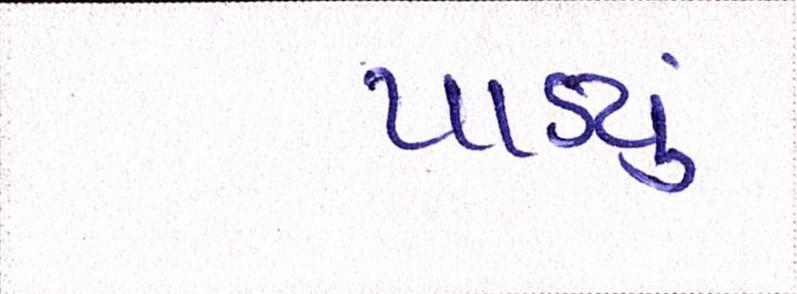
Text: પાડ્યું